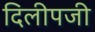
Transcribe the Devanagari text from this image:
दिलीपजी